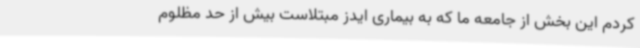
کردم این بخش از جامعه ما که به بیماری ایدز مبتلاست بیش ‌از حد مظلوم